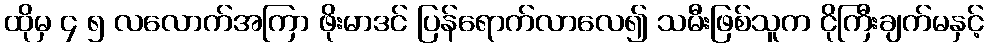
ထိုမှ ၄ ၅ လလောက်အကြာ ဖိုးမာဒင် ပြန်ရောက်လာလေ၍ သမီးဖြစ်သူက ငိုကြီးချက်မနှင့်